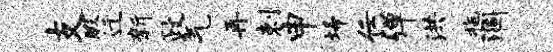
支暇迁新政气再剌申埽任弹洪拖涸